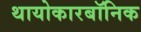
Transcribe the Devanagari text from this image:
थायोकारबॉनिक